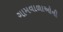
ગામવાળાઓની